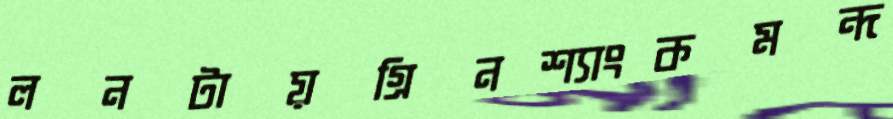
লনটায়গ্রিনশ্যাংকমন্দ